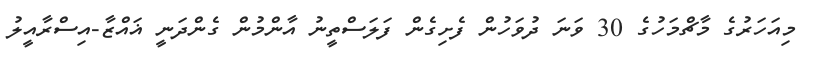
މިއަހަރުގެ މާޗްމަހުގެ 30 ވަނަ ދުވަހުން ފެށިގެން ފަލަސްތީނު އާންމުން ގެންދަނީ ޣައްޒާ-އިސްރާއީލު